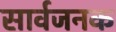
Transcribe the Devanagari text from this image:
सार्वजनक